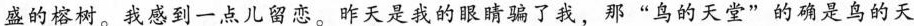
盛的榕树。我感到一点儿留恋。昨天是我的眼睛骗了我，那”鸟的天堂”的确是鸟的天